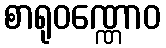
စာရုဝဏ္ဏောဝ